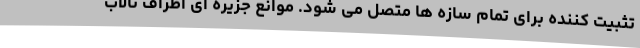
تثبیت کننده برای تمام سازه ها متصل می شود. موانع جزیره ای اطراف تالاب